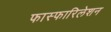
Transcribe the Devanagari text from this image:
फास्फारिलेशन